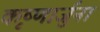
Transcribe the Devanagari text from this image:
कृष्णार्जुना